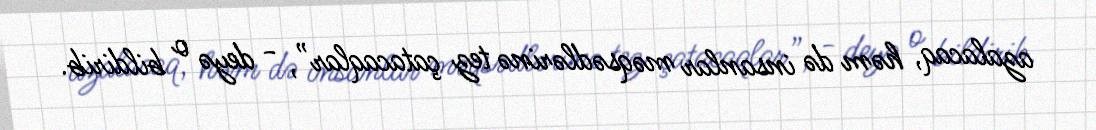
azalacaq, həm də insanlar məqsədlərinə tez çatacaqlar”, - deyə o bildirib.